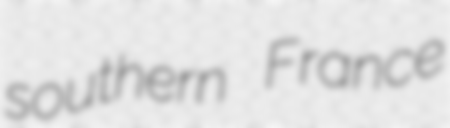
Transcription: southern France